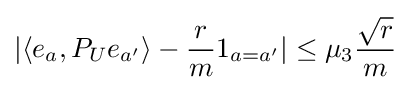
|\langle e_{a},P_{U}e_{a'}\rangle -{\frac {r}{m}}1_{a=a'}|\leq \mu _{3}{\frac {\sqrt {r}}{m}}